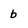
Character: b